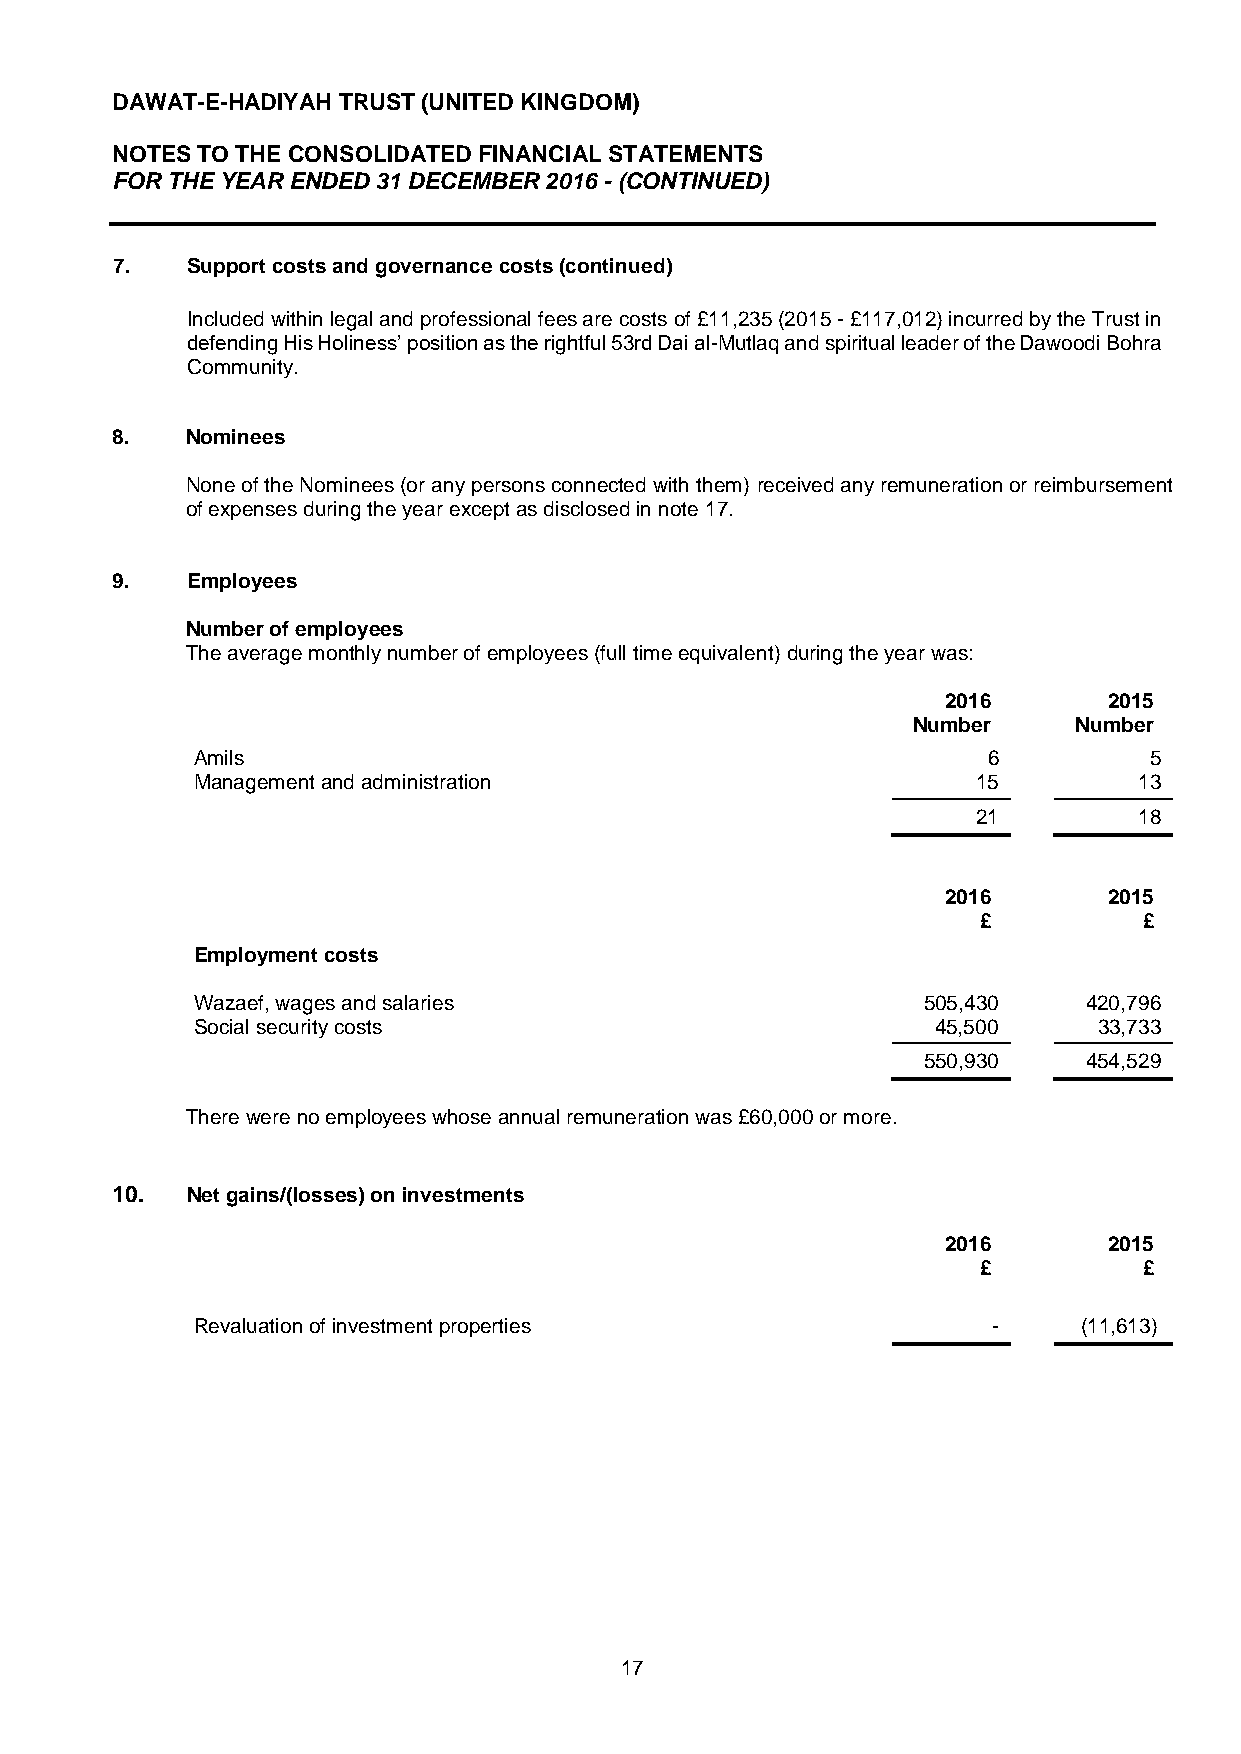
DAWAT-E-HADIYAH TRUST (UNITED KINGDOM)
 NOTES TO THE CONSOLIDATED FINANCIAL STATEMENTS
 FOR THE YEAR ENDED 31 DECEMBER 2016 - (CONTINUED)
 7.  Support costs and governance costs (continued)
 S up Included within legal and professional fees are costs of £11,235 (2015 - £117,012) incurred by the Trust in
 p ort defending His Holiness’ position as the rightful 53rd Dai al-Mutlaq and spiritual leader of the Dawoodi Bohra
 c ost Community.
 s
 and
 8g.o v Nominees
 erna
 nce None of the Nominees (or any persons connected with them) received any remuneration or reimbursement
 cost of expenses during the year except as disclosed in note 17.
 s
 9 .  Employees
 8.  Number of employees
 The average monthly number of employees (full time equivalent) during the year was:
 2016      2015
 Number     Number
 Amils                                               6          5
 Management and administration                       15        13
 21        18
 2016      2015
 £          £
 Employment costs
 Wazaef, wages and salaries                      505,430    420,796
 Social security costs                            45,500     33,733
 550,930    454,529
 There were no employees whose annual remuneration was £60,000 or more.
 10.  Net gains/(losses) on investments
 2016      2015
 £          £
 Revaluation of investment properties                 -     (11,613)
 17